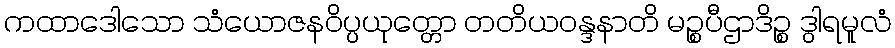
ကထာဒေါသော သံယောဇနဝိပ္ပယုတ္တော တတိယဝန္ဒနာတိ မဉ္စပီဌာဒိဉ္စ ဒွါရမူလံ